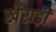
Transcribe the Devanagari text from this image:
खेराड़ी